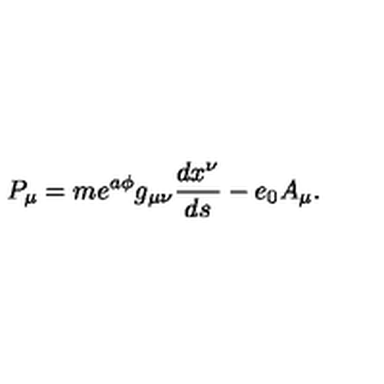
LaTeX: P _ { \mu } = m e ^ { a \phi } g _ { \mu \nu } \frac { d x ^ { \nu } } { d s } - e _ { 0 } A _ { \mu } .